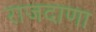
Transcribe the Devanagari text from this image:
राजदाणा